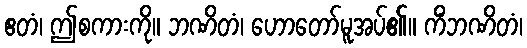
ဧတံ၊ ဤစကားကို။ ဘဏိတံ၊ ဟောတော်မူအပ်၏။ ကိံဘဏိတံ၊